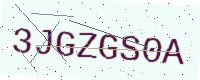
Text: 3JGZGS0A